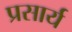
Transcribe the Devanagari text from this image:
प्रसार्य